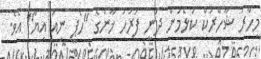
މިހާރު ޝާހްރުކް ކުޅެމުން ދަނީ ފަރަހަ ޚާންގެ "ހެޕީ ނިއު އިޔާ" އެވެ.